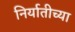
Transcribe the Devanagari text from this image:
निर्यातीच्या